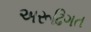
અરૂઢિગત